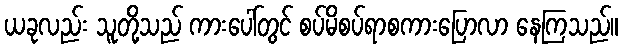
ယခုလည်း သူတို့သည် ကားပေါ်တွင် စပ်မိစပ်ရာစကားပြောလာ နေကြသည်။